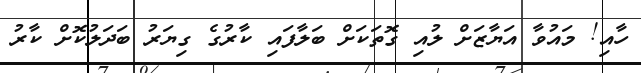
ހާއި! މައުވާ އަޔާޒަށް ލުއި ގޮތަކަށް ބަލާފައި ކާރުގެ ގިޔަރު ބަދަލުކޮށް ކާރު